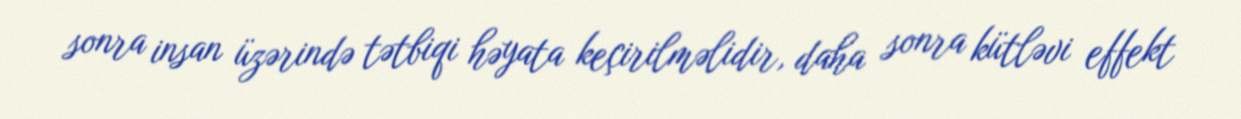
sonra insan üzərində tətbiqi həyata keçirilməlidir, daha sonra kütləvi effekt